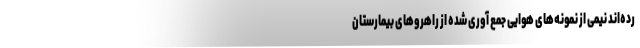
رده‌اند نیمی از نمونه‌های هوایی جمع آوری شده از راهروهای بیمارستان